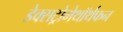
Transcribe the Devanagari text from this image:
डेक्सट्रोमेथॉर्थफन